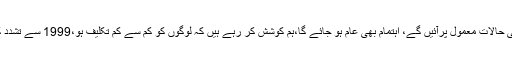
اس پر اٹارنی جنرل نے کہا کہ جیسی ہی حالات معمول پرآئیں گے، اہتمام بھی عام ہو جائے گا،ہم کوشش کر رہے ہیں کہ لوگوں کو کم سے کم تکلیف ہو،1999 سے تشدد کی وجہ 44000 لوگ مارے گئے ہیں۔